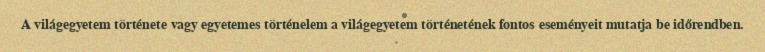
A világegyetem története vagy egyetemes történelem a világegyetem történetének fontos eseményeit mutatja be időrendben.